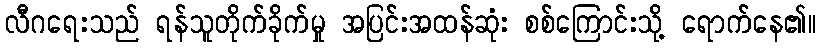
လီဂရေးသည် ရန်သူတိုက်ခိုက်မှု အပြင်းအထန်ဆုံး စစ်ကြောင်းသို့ ရောက်နေ၏။